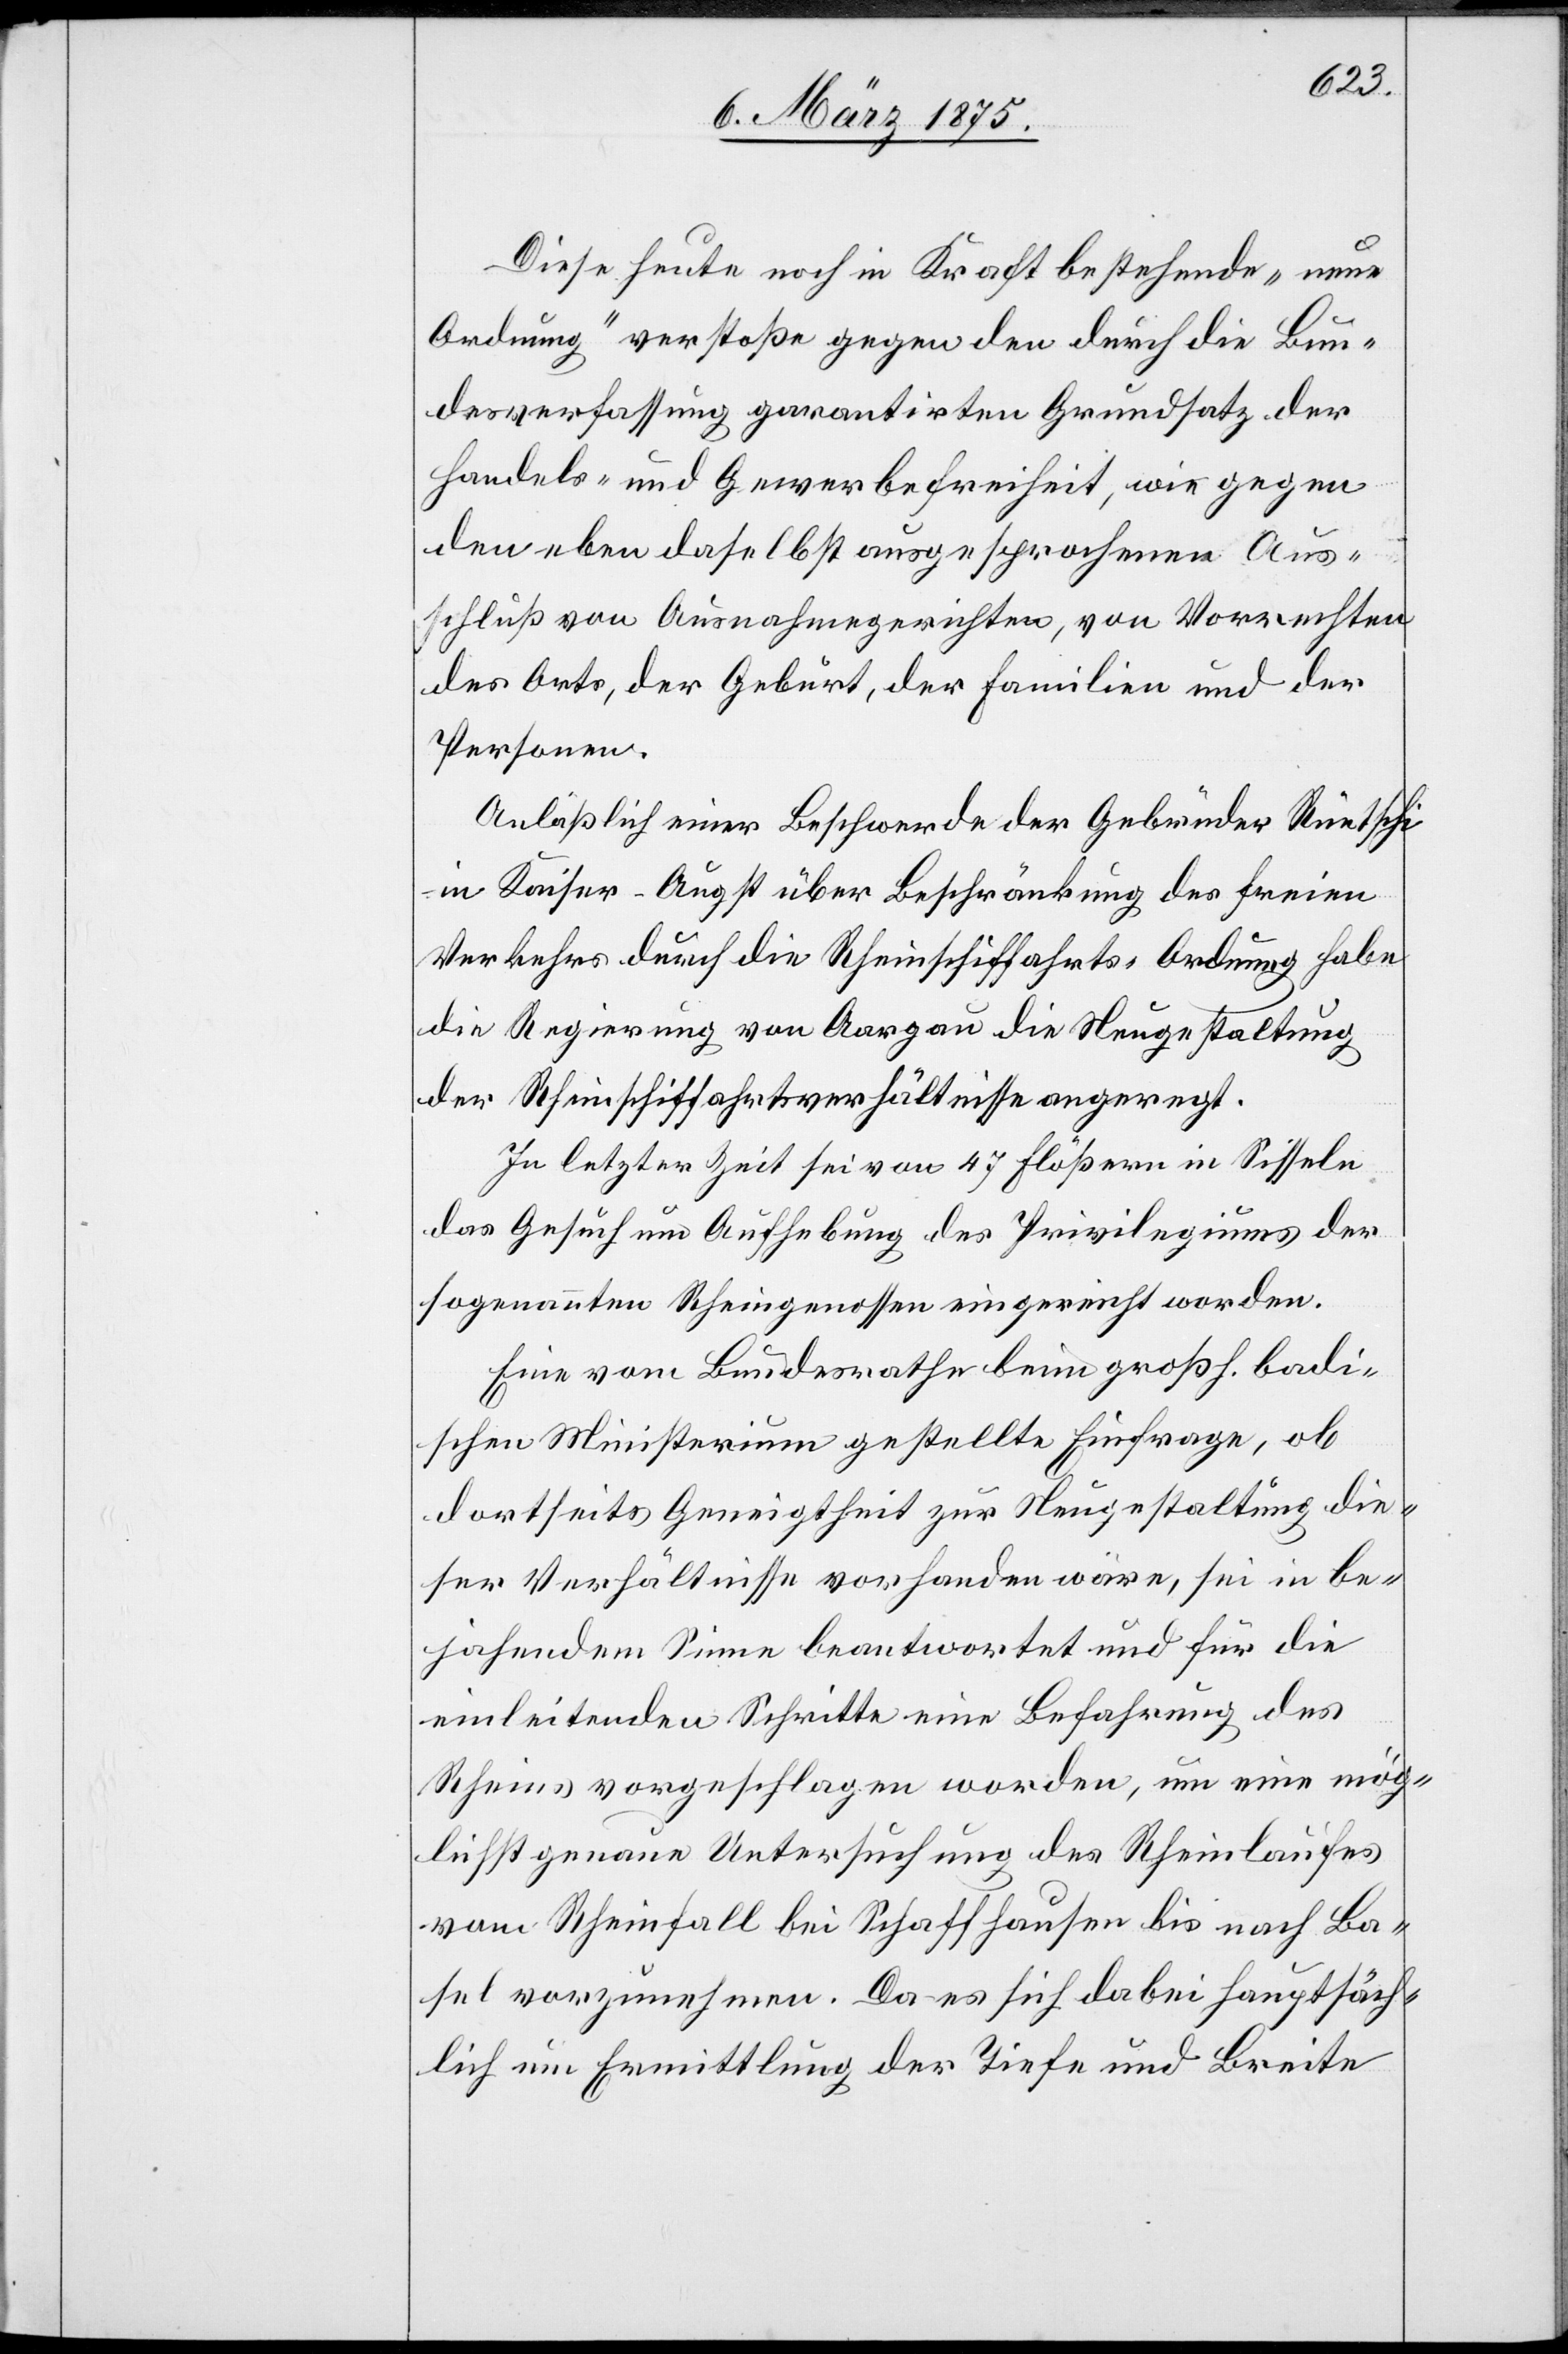
Diese heute noch in Kraft bestehende „neue
Ordnung“ verstoße gegen den durch die Bun¬
desverfassung garantirten Grundsatz der
Handels- und Gewerbefreiheit, wie gegen
den eben daselbst ausgesprochenen Aus¬
schluß von Ausnahmegerichten, von Vorrechten
der Orte, der Geburt, der Familien und der
Personen.
Anläßlich einer Beschwerde der Gebrüder Ruetschi
in Kaiser-Augst über Beschränkung des freien
Verkehrs durch die Rheinschiffahrts-Ordnung habe
die Regierung von Aargau die Neugestaltung
der Rheinschiffahrtsverhältnisse angeregt.
In letzter Zeit sei von 47 Flößern in Sisseln
das Gesuch um Aufhebung des Privilegiums der
sogenannten Rheingenossen eingereicht worden.
Eine vom Bundesrath beim großh. badi¬
schen Ministerium gestellte Einfrage, ob
dortseits die Geneigtheit zur Neugestaltung die¬
ser Verhältnisse vorhanden wäre, sei in be¬
jahendem Sinne beantwortet und für die
einleitenden Schritte einer Befahrung des
Rheins vorgeschlagen worden, um eine mög¬
lichst genaue Untersuchung des Rheinlaufes
vom Rheinfall bei Schaffhausen bis nach Ba¬
sel vorzunehmen. Da es sich dabei hauptsäch¬
lich um Ermittlung der Tiefe und Breite